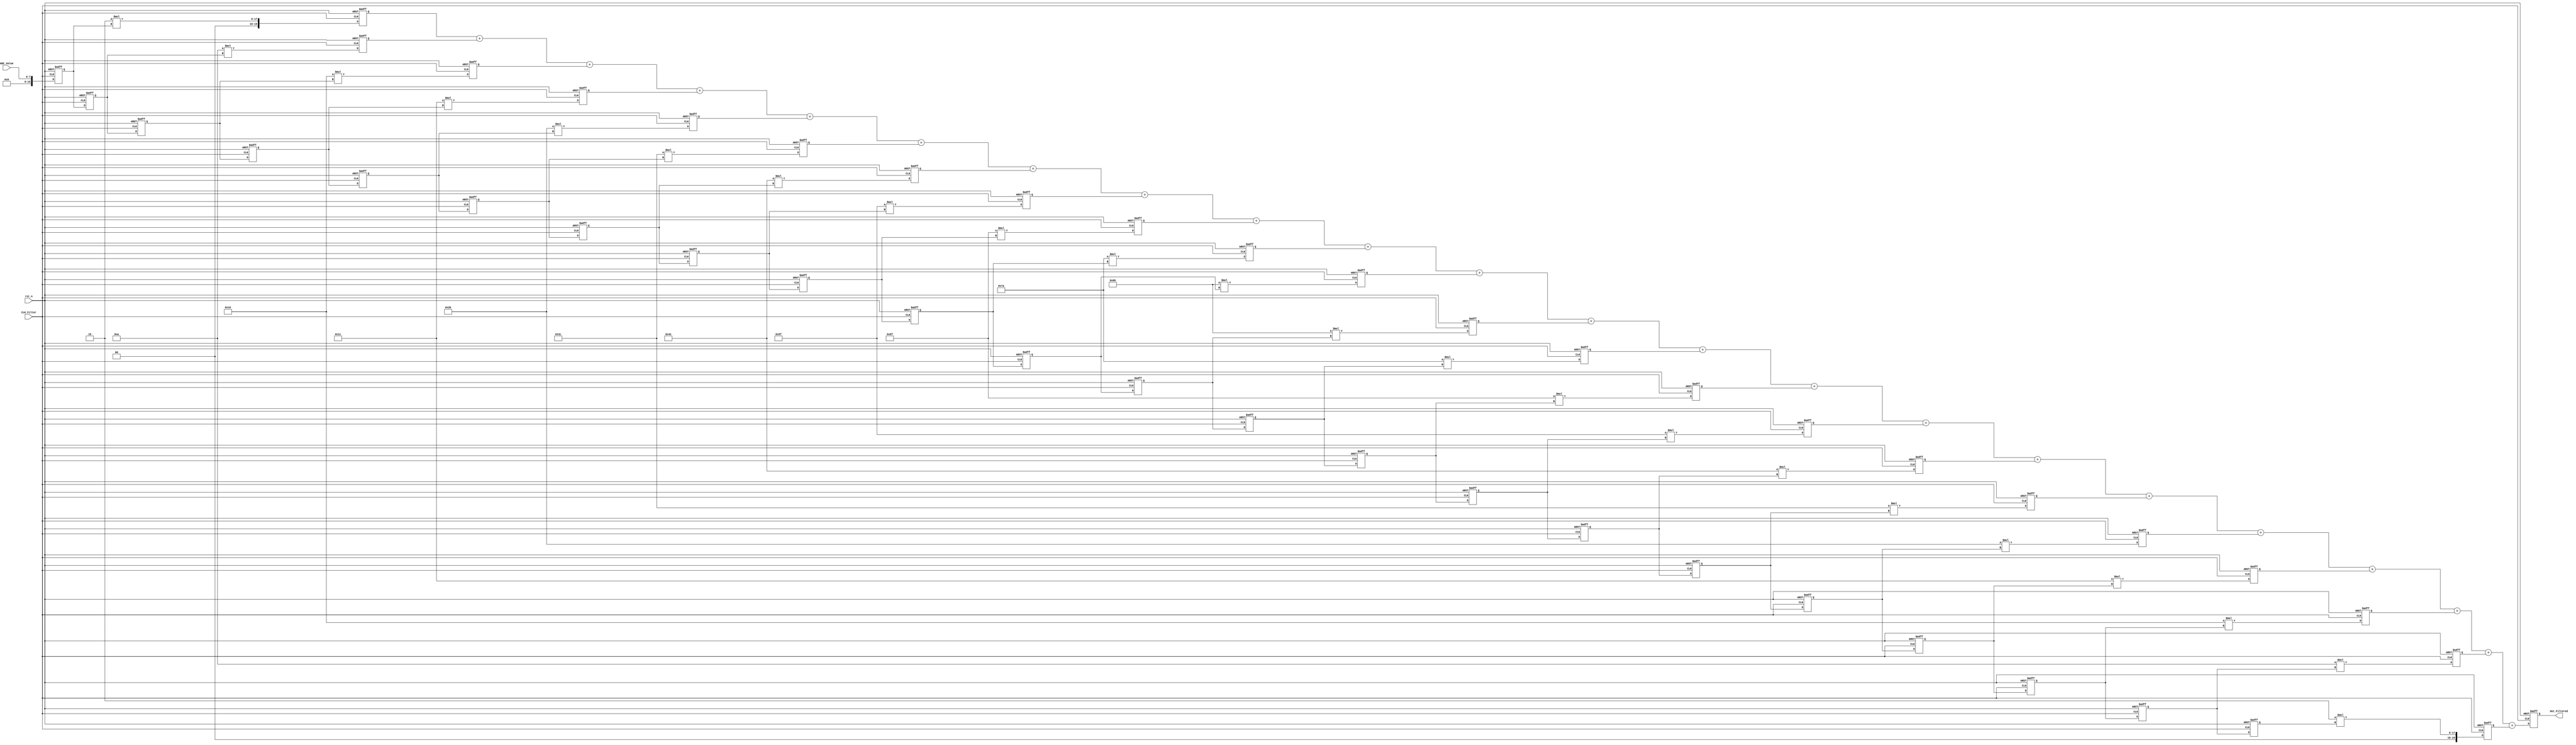
//Verilog HDL for "HDL_Lab_10", "FIR_Filter" "functional"
module FIR_Filter_RED(
  input CLK_Filter,
  input rst_n,
  input wire[7:0] ADC_Value,
  output reg[19:0] Out_Filtered);

// parameter N = 4;
wire signed[8:0] coeffs[21:0];

//
reg [15:0] previous_Value[21:0];

// define multiplier

// FIFO
reg [19:0] product[21:0];

assign coeffs[0]=2;
assign coeffs[1]=10;
assign coeffs[2]=16;
assign coeffs[3]=28;
assign coeffs[4]=43;
assign coeffs[5]=60;
assign coeffs[6]=78;
assign coeffs[7]=95;
assign coeffs[8]=111;
assign coeffs[9]=122;
assign coeffs[10]= 128;


always @(posedge CLK_Filter or posedge rst_n)
begin
    if(rst_n)
        begin

	product[0] <= 0;
	product[1] <= 0;
	product[2] <= 0;
	product[3] <= 0;
	product[4] <= 0;
	product[5] <= 0;
	product[6] <= 0;
	product[7] <= 0;
	product[8] <= 0;
	product[9] <= 0;
	product[10] <= 0;
	product[11] <= 0;
	product[12] <= 0;
	product[13] <= 0;
	product[14] <= 0;
	product[15] <= 0;
	product[16] <= 0;
	product[17] <= 0;
	product[18] <= 0;
	product[19] <= 0;
	product[20] <= 0;
	product[21] <= 0;
   
	previous_Value[21]     <= 0;
        previous_Value[20]     <= 0;
	previous_Value[19]     <= 0;
        previous_Value[18]     <= 0;
	previous_Value[17]     <= 0;
        previous_Value[16]     <= 0;
	previous_Value[15]     <= 0;
        previous_Value[14]     <= 0;
       	previous_Value[13]     <= 0;
        previous_Value[12]     <= 0;
	previous_Value[11]     <= 0;
        previous_Value[10]     <= 0;
       	previous_Value[9]     <= 0;
        previous_Value[8]     <= 0;
	previous_Value[7]     <= 0;
        previous_Value[6]     <= 0;
       	previous_Value[5]     <= 0;
        previous_Value[4]     <= 0;
	previous_Value[3]     <= 0;
        previous_Value[2]     <= 0;
       	previous_Value[1]     <= 0;
        previous_Value[0]     <= 0;
	
        Out_Filtered    <= 0;
        end

    else
        begin     


	previous_Value[21]     <= previous_Value[20];
       	previous_Value[20]     <= previous_Value[19];
	previous_Value[19]     <= previous_Value[18];
        previous_Value[18]     <= previous_Value[17];
        previous_Value[17]     <= previous_Value[16];
        previous_Value[16]     <= previous_Value[15];
	previous_Value[15]     <= previous_Value[14];
        previous_Value[14]     <= previous_Value[13];
        previous_Value[13]     <= previous_Value[12];
        previous_Value[12]     <= previous_Value[11];
	previous_Value[11]     <= previous_Value[10];
        previous_Value[10]     <= previous_Value[9];
        previous_Value[9]     <= previous_Value[8];
        previous_Value[8]     <= previous_Value[7];
	previous_Value[7]     <= previous_Value[6];
        previous_Value[6]     <= previous_Value[5];
        previous_Value[5]     <= previous_Value[4];
        previous_Value[4]     <= previous_Value[3];
        previous_Value[3]     <= previous_Value[2];
        previous_Value[2]     <= previous_Value[1];
        previous_Value[1]     <= previous_Value[0];
        previous_Value[0]     <= ADC_Value;

	product[0] <= coeffs[0] * previous_Value[0];
		product[1] <= coeffs[1] * previous_Value[1];
		product[2] <= coeffs[2] * previous_Value[2];
		product[3] <= coeffs[3] * previous_Value[3];
		product[4] <= coeffs[4] * previous_Value[4];
		product[5] <= coeffs[5] * previous_Value[5];
		product[6] <= coeffs[6] * previous_Value[6];
		product[7] <= coeffs[7] * previous_Value[7];
		product[8] <= coeffs[8] * previous_Value[8];
		product[9] <= coeffs[9] * previous_Value[9];
		product[10] <= coeffs[10] * previous_Value[10];
		product[11] <= coeffs[10] * previous_Value[11];
		product[12] <= coeffs[9] * previous_Value[12];
		product[13] <= coeffs[8] * previous_Value[13];
		product[14] <= coeffs[7] * previous_Value[14];
		product[15] <= coeffs[6] * previous_Value[15];
		product[16] <= coeffs[5] * previous_Value[16];
		product[17] <= coeffs[4] * previous_Value[17];
		product[18] <= coeffs[3] * previous_Value[18];
		product[19] <= coeffs[2] * previous_Value[19];
		product[20] <= coeffs[1] * previous_Value[20];
		product[21] <= coeffs[0] * previous_Value[21];	

	 Out_Filtered <= (product[0] + product[1] + 
                              product[2] + product[3] + product[4] + product[5] + 
                              product[6] + product[7] + product[8] + product[9] + 
                              product[10] + product[11] + product[12] + product[13] + 
                              product[14] + product[15] + product[16] + product[17] + 
                              product[18] + product[19] + product[20] + product[21]);
	
		
	end

end
endmodule